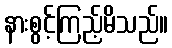
နားစွင့်ကြည့်မိသည်။